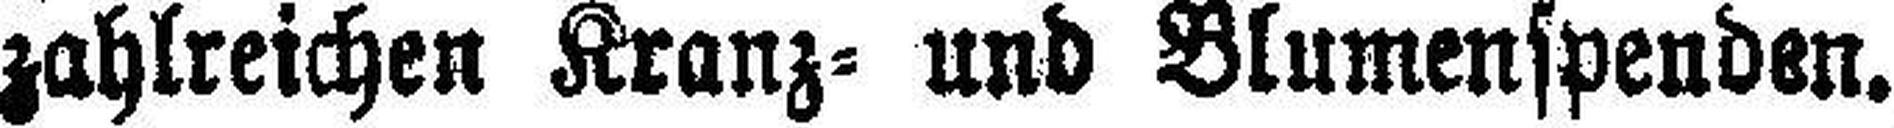
zahlreichen Kranz= und Blumenspenden.